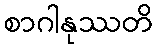
စာဂါနုဿတိ